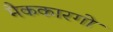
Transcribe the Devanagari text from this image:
मैककारगो